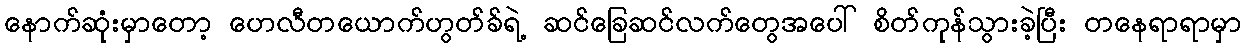
နောက်ဆုံးမှာတော့ ဟေလီတယောက်ဟွတ်ခ်ရဲ့ ဆင်ခြေဆင်လက်တွေအပေါ် စိတ်ကုန်သွားခဲ့ပြီး တနေရာရာမှာ